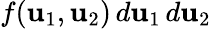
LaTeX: f(\mathbf{u}_{1},\mathbf{u}_{2})\, d\mathbf{u}_{1}\, d\mathbf{u}_{2}